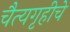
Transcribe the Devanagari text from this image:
चैत्यगृहीचे